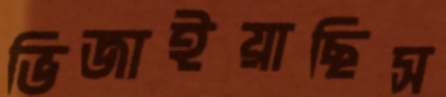
ভিজাইয়াছিস